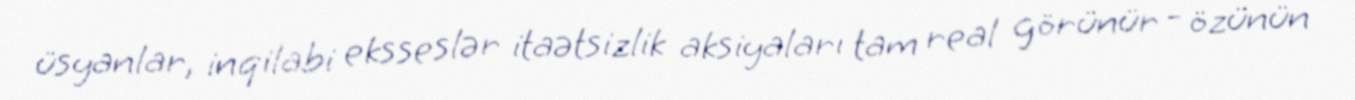
üsyanlar, inqilabi eksseslər itaətsizlik aksiyaları tam real görünür - özünün